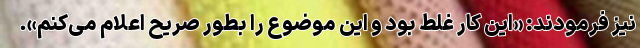
نیز فرمودند: «این کار غلط بود و این موضوع را بطور صریح اعلام می‌کنم».